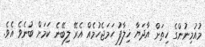
މުއުމިނުންގެ ހިތަށް އާދަޔާ ޚިލާފު ހަމަޖެހުމެއް އެރޭ ލިބޭނެ ކަމަށް ބުނެވެ އެވެ.